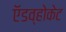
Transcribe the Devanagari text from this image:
ऍडव्होकेट